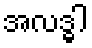
အလဒ္ဓါ